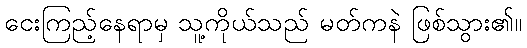
ငေးကြည့်နေရာမှ သူ့ကိုယ်သည် မတ်ကနဲ ဖြစ်သွား၏။